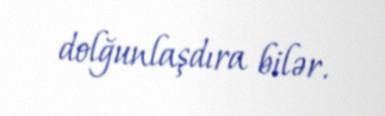
dolğunlaşdıra bilər.